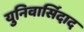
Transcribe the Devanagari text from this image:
युनिवार्सिदाद